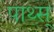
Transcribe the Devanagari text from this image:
पाथ्स्‌